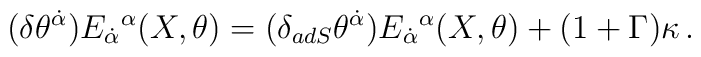
(\delta\theta^{\dot \alpha}) E_{\dot \alpha} {}^\alpha (X, \theta)=(\delta_{adS} \theta^{\dot \alpha}) E_{\dot \alpha} {}^\alpha (X,  \theta) +(1+\Gamma)\kappa\,.